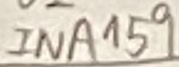
Text: INA159